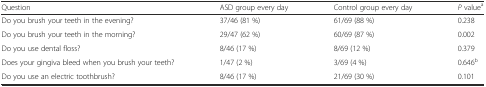
| Question | ASD group every day | Control group every day | P valuea |
 | --- | --- | --- | --- |
 | Do you brush your teeth in the evening? | 37/46 (81 %) | 61/69 (88 %) | 0.238 |
 | Do you brush your teeth in the morning? | 29/47 (62 %) | 60/69 (87 %) | 0.002 |
 | Do you use dental floss? | 8/46 (17 %) | 8/69 (12 %) | 0.379 |
 | Does your gingiva bleed when you brush your teeth? | 1/47 (2 %) | 3/69 (4 %) | 0.646b |
 | Do you use an electric toothbrush? | 8/46 (17 %) | 21/69 (30 %) | 0.101 |